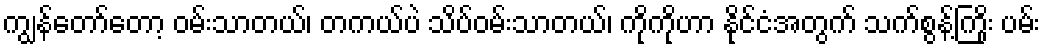
ကျွန်တော်တော့ ဝမ်းသာတယ်၊ တကယ်ပဲ သိပ်ဝမ်းသာတယ်၊ ကိုကိုဟာ နိုင်ငံအတွက် သက်စွန့်ကြိုး ပမ်း